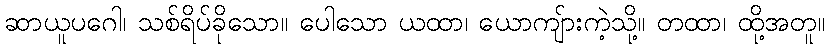
ဆာယူပဂေါ၊ သစ်ရိပ်ခိုသော။ ပေါသော ယထာ၊ ယောကျ်ားကဲ့သို့။ တထာ၊ ထို့အတူ။